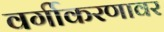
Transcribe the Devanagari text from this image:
वर्गीकरणावर